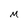
Character: m